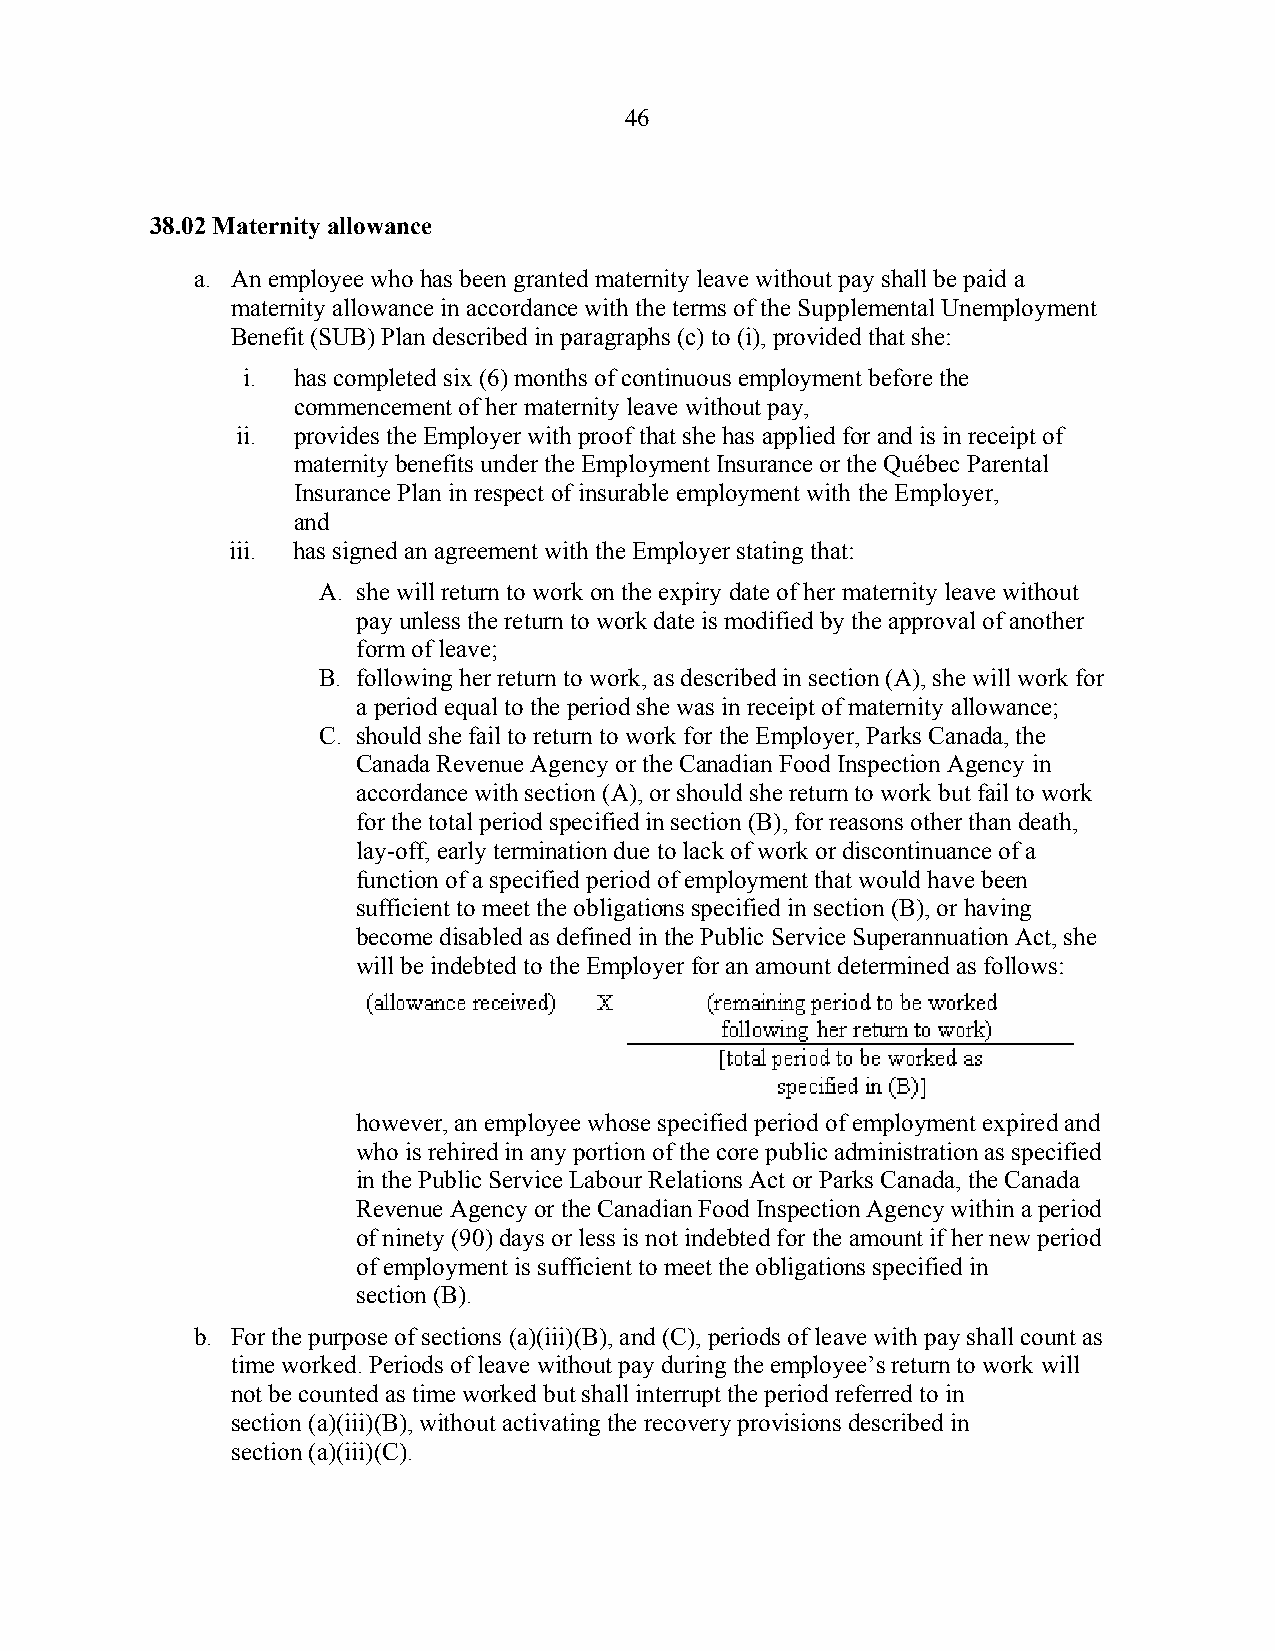
46
 38.02 Maternity allowance
 a. An employee who has been granted maternity leave without pay shall be paid a
 maternity allowance in accordance with the terms of the Supplemental Unemployment
 Benefit (SUB) Plan described in paragraphs (c) to (i), provided that she:
 i. has completed six (6) months of continuous employment before the
 commencement of her maternity leave without pay,
 ii. provides the Employer with proof that she has applied for and is in receipt of
 maternity benefits under the Employment Insurance or the Québec Parental
 Insurance Plan in respect of insurable employment with the Employer,
 and
 iii. has signed an agreement with the Employer stating that:
 A. she will return to work on the expiry date of her maternity leave without
 pay unless the return to work date is modified by the approval of another
 form of leave;
 B. following her return to work, as described in section (A), she will work for
 a period equal to the period she was in receipt of maternity allowance;
 C. should she fail to return to work for the Employer, Parks Canada, the
 Canada Revenue Agency or the Canadian Food Inspection Agency in
 accordance with section (A), or should she return to work but fail to work
 for the total period specified in section (B), for reasons other than death,
 lay-off, early termination due to lack of work or discontinuance of a
 function of a specified period of employment that would have been
 sufficient to meet the obligations specified in section (B), or having
 become disabled as defined in the Public Service Superannuation Act, she
 will be indebted to the Employer for an amount determined as follows:
 however, an employee whose specified period of employment expired and
 who is rehired in any portion of the core public administration as specified
 in the Public Service Labour Relations Act or Parks Canada, the Canada
 Revenue Agency or the Canadian Food Inspection Agency within a period
 of ninety (90) days or less is not indebted for the amount if her new period
 of employment is sufficient to meet the obligations specified in
 section (B).
 b. For the purpose of sections (a)(iii)(B), and (C), periods of leave with pay shall count as
 time worked. Periods of leave without pay during the employee’s return to work will
 not be counted as time worked but shall interrupt the period referred to in
 section (a)(iii)(B), without activating the recovery provisions described in
 section (a)(iii)(C).